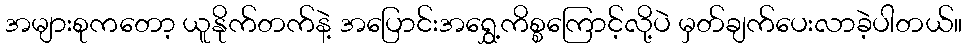
အများစုကတော့ ယူနိုက်တက်နဲ့ အပြောင်းအရွှေ့ကိစ္စကြောင့်လို့ပဲ မှတ်ချက်ပေးလာခဲ့ပါတယ်။